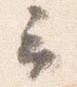
云